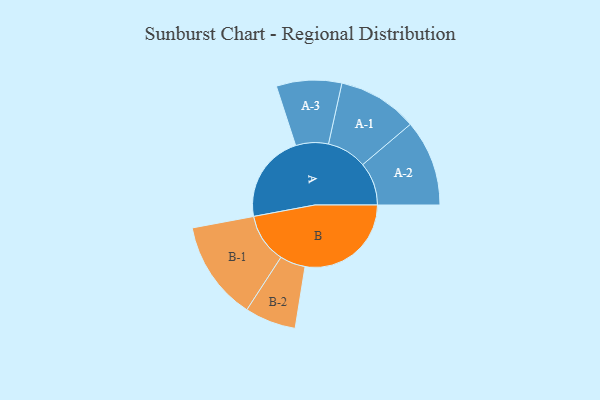
{"axis": {"x": "Segment", "y": "Value"}, "legend": ["", "A", "B"], "data": [{"x": "A", "y": 363, "type": ""}, {"x": "B", "y": 436, "type": ""}, {"x": "A-1", "y": 164, "type": "A"}, {"x": "A-2", "y": 177, "type": "A"}, {"x": "A-3", "y": 134, "type": "A"}, {"x": "B-1", "y": 204, "type": "B"}, {"x": "B-2", "y": 105, "type": "B"}]}